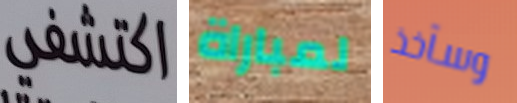
اكتشفي لمباراة وسآخذ